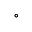
^ \circ